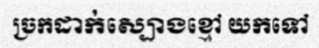
ច្រកដាក់ស្បោងខ្មៅ យកទៅ